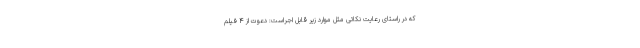
که در راستای رعایت نکاتی مثل موارد زیر قابل اجراست: دعوت از ۴ فیلم